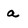
Character: a